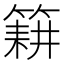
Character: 𮅰